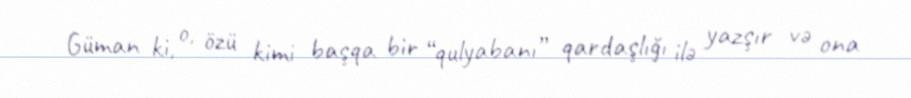
Güman ki, o, özü kimi başqa bir “qulyabanı” qardaşlığı ilə yazşır və ona